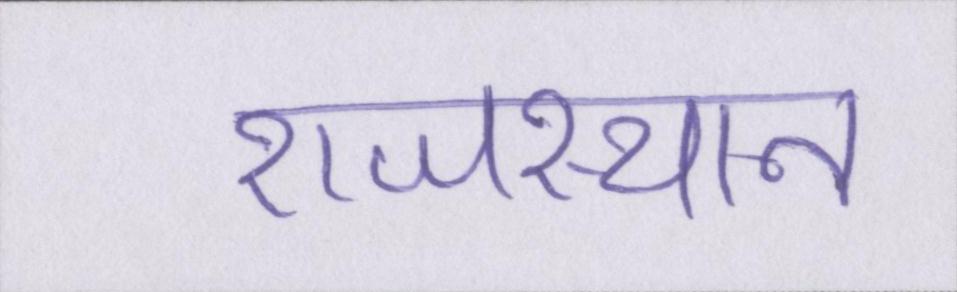
राजस्थान